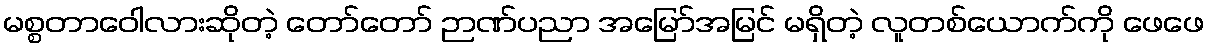
မစ္စတာဝေါလားဆိုတဲ့ တော်တော် ဉာဏ်ပညာ အမြော်အမြင် မရှိတဲ့ လူတစ်ယောက်ကို ဖေဖေ